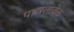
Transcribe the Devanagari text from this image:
पात्रतावेळ